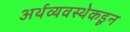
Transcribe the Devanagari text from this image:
अर्थव्यवस्थेकडून